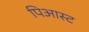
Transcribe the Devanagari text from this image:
पिआस्ट